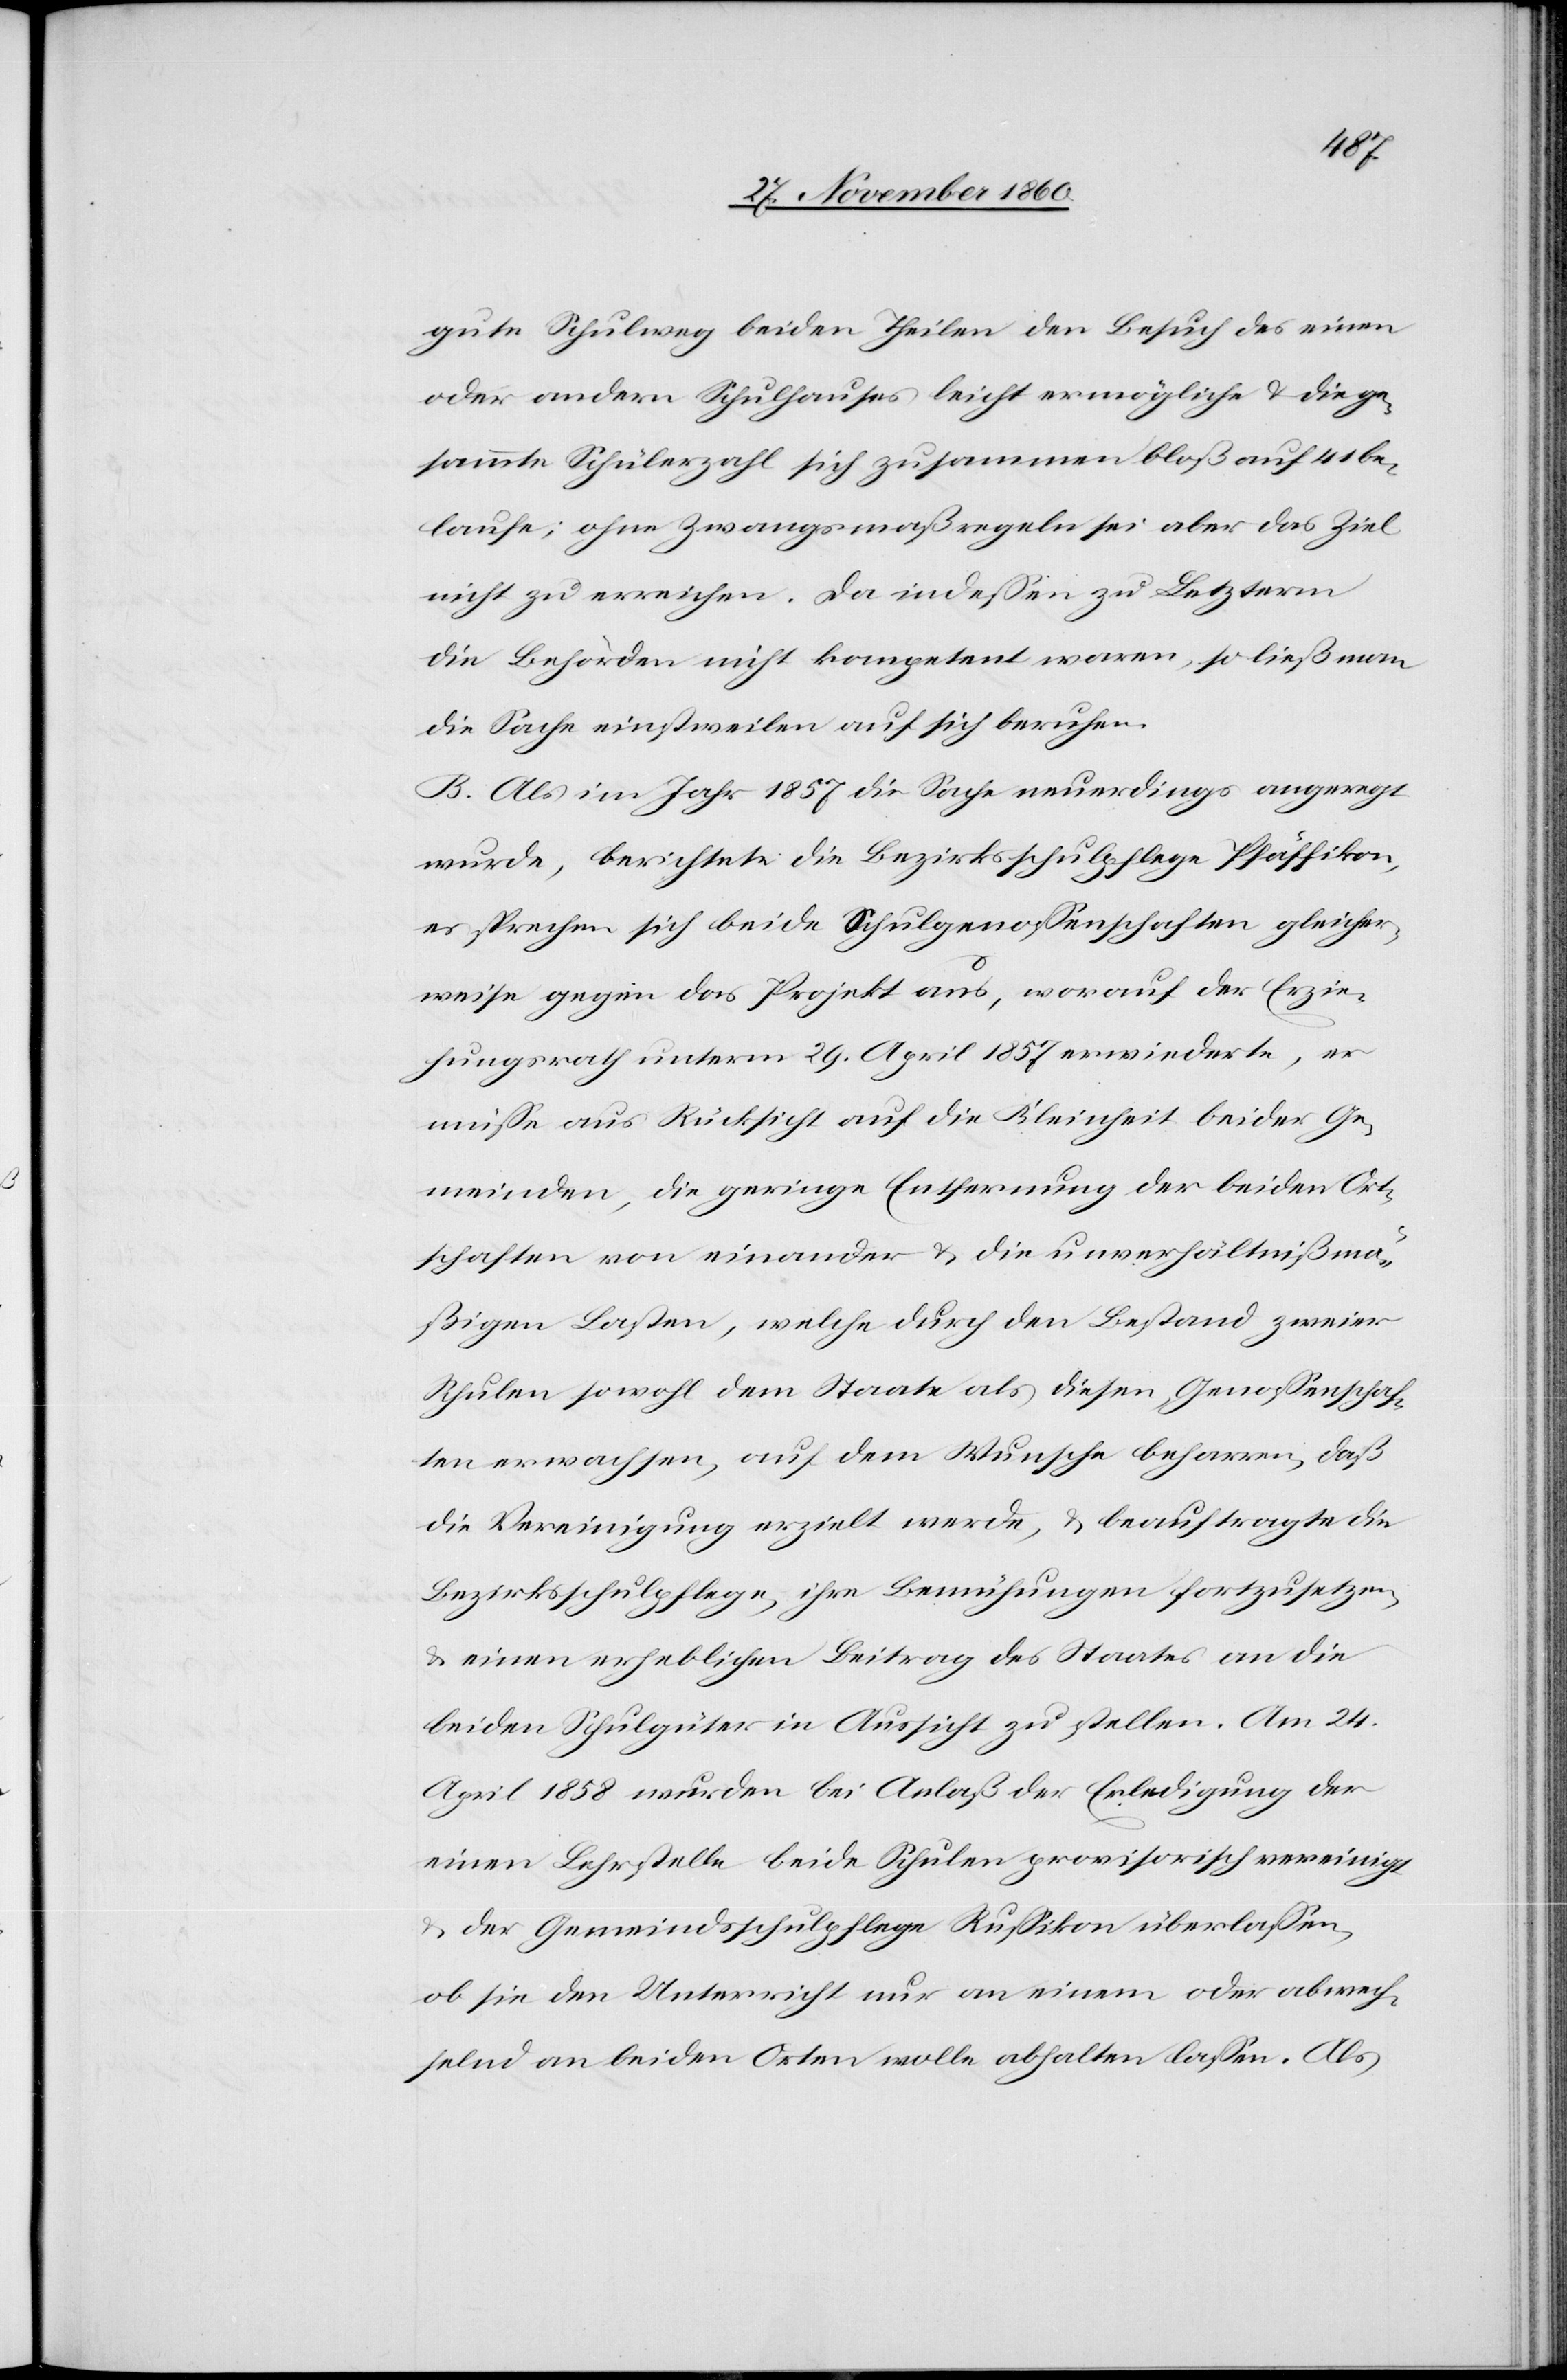
gute Schulweg beiden Theilen den Besuch des einen
oder andern Schulhauses leicht ermögliche u. die ge¬
sammte Schülerzahl sich zusammen bloß auf 41 be¬
laufe; ohne Zwangsmaßregeln sei aber das Ziel
nicht zu erreichen. Da indessen zu Letzterm
die Behörden nicht kompetent waren, so ließ man
die Sache einstweilen auf sich beruhen.
B. Als im Jahr 1857 die Sache neuerdings angeregt
wurde, berichtete die Bezirksschulpflege Pfäffikon,
es sprechen sich beide Schulgenossenschaften gleicher¬
weise gegen das Projekt aus, worauf der Erzie¬
hungsrath unterm 29. April 1857 erwiederte, es
müsse aus Rücksicht auf die Kleinheit beider Ge¬
meinden, die geringe Entfernung der beiden Ort¬
schaften von einander u. die unverhältnißmä¬
ßigen Lasten, welche durch den Bestand zweier
Schulen sowohl dem Staate als diesen Genossenschaf¬
ten erwachsen, auf dem Wunsche beharren, daß
die Vereinigung erzielt werde, u. beauftragte die
Bezirksschulpflege, ihre Bemühungen fortzusetzen,
u. einen erheblichen Beitrag des Staates an die
beiden Schulgüter in Aussicht zu stellen. Am 24.
April 1858 wurden bei Anlaß der Erledigung der
einen Lehrstelle beide Schulen provisorisch vereinigt
u. der Gemeindsschulpflege Russikon überlassen,
ob sie den Unterricht nur an einem oder abwech¬
selnd an beiden Orten wolle abhalten lassen. Als